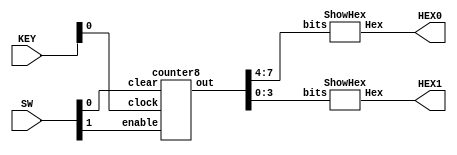
module part1(SW, KEY, HEX0, HEX1);
	input [9:0] SW;
	input [3:0] KEY;
	
	output [6:0] HEX0;
	output [6:0] HEX1;
	
	wire clk;
	wire enable, clear;
	wire [7:0] out;
	
	assign clk = KEY[0];
	assign enable = SW[1];
	assign clear = SW[0];
	
	counter8 cnt(.enable(enable), .clear(clear), .clock(clk), .out(out));
	
	ShowHex showHex0(.bits(out[7:4]), .Hex(HEX0));
	ShowHex showHex1(.bits(out[3:0]), .Hex(HEX1));
endmodule

module counter8(enable, clear, clock, out);
	input enable, clear, clock;
	output [7:0] out;
	
	wire [7:0] w;
	MyTFF tff0(.t(enable), .clock(clock), .clear(clear), .q(out[0]));
	assign w[0] = enable & out[0];
	MyTFF tff1(.t(w[0]), .clock(clock), .clear(clear), .q(out[1]));
	assign w[1] = w[0] & out[1];
	MyTFF tff2(.t(w[1]), .clock(clock), .clear(clear), .q(out[2]));
	assign w[2] = w[1] & out[2];
	MyTFF tff3(.t(w[2]), .clock(clock), .clear(clear), .q(out[3]));
	assign w[3] = w[2] & out[3];
	MyTFF tff4(.t(w[3]), .clock(clock), .clear(clear), .q(out[4]));
	assign w[4] = w[3] & out[4];
	MyTFF tff5(.t(w[4]), .clock(clock), .clear(clear), .q(out[5]));
	assign w[5] = w[4] & out[5];
	MyTFF tff6(.t(w[5]), .clock(clock), .clear(clear), .q(out[6]));
	assign w[6] = w[5] & out[6];
	MyTFF tff7(.t(w[6]), .clock(clock), .clear(clear), .q(out[7]));
endmodule	

module MyTFF(t, clock, clear, q);
	input t, clock, clear;
	output q;
	
	reg q;
	
	always @(posedge clock or negedge clear)
	begin
		if (clear == 1'b0)
			q <= 1'b0;
		else if(t == 1'b1)
			q <= ~q;
	end
endmodule

module ShowHex(bits, Hex);
	input [3:0] bits;
	output [6:0] Hex;

	Zero zero(.a(bits[3]),
			    .b(bits[2]), 
			    .c(bits[1]), 
				 .d(bits[0]),
				 .ret(Hex[0]));
	One one(.a(bits[3]),
			  .b(bits[2]), 
			  .c(bits[1]), 
			  .d(bits[0]),
			  .ret(Hex[1]));
	Two two(.a(bits[3]),
			  .b(bits[2]), 
			  .c(bits[1]), 
			  .d(bits[0]),
			  .ret(Hex[2]));
	Three three(.a(bits[3]),
		         .b(bits[2]), 
					.c(bits[1]), 
					.d(bits[0]),
					.ret(Hex[3]));
	Four four(.a(bits[3]),
				 .b(bits[2]), 
				 .c(bits[1]), 
				 .d(bits[0]),
				 .ret(Hex[4]));
	Five five(.a(bits[3]),
		       .b(bits[2]), 
				 .c(bits[1]), 
				 .d(bits[0]),
		  .ret(Hex[5]));
	Six six(.a(bits[3]),
		     .b(bits[2]), 
		     .c(bits[1]), 
		     .d(bits[0]),
		     .ret(Hex[6]));
endmodule
		 

module Zero(a, b, c, d, ret);
	input a, b, c, d;
	output ret;
	assign ret = ~a & ~b & ~c & d | ~a & b & ~c & ~d | a & ~b & c & d | a & b & ~c & d;
endmodule


module One(a, b, c, d, ret);
	input a, b, c, d;
	output ret;
	assign ret = ~a & b & ~c & d | a & b & ~c & ~d | a & c & d | b & c & ~d;
endmodule


module Two(a, b, c, d, ret);
	input a, b, c, d;
	output ret;
	assign ret = a & b & ~c & ~d | ~a & ~b & c & ~d | a & b & c;
endmodule


module Three(a, b, c, d, ret);
	input a, b, c, d;
	output ret;
	assign ret = ~a & b & ~c & ~d | ~b & ~c & d | b & c & d | a & ~b & c & ~d;
endmodule


module Four(a, b, c, d, ret);
	input a, b, c, d;
	output ret;
	assign ret = ~a & b & ~c | ~a & c & d | ~b & ~c & d;
endmodule


module Five(a, b, c, d, ret);
	input a, b, c, d;
	output ret;
	assign ret = ~a & ~b & ~c & d | a & b & ~c & d | ~a & ~b & c & ~d | ~a & c & d;
endmodule


module Six(a, b, c, d, ret);
	input a, b, c, d;
	output ret;
	assign ret = ~a & b & c & d | a & b & ~c & ~d | ~a & ~b & ~c;
endmodule